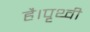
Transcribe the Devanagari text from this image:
है।पृथ्वी